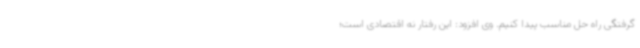
گرفتگی راه حل مناسب پیدا کنیم. وی افزود: این رفتار نه اقتصادی است؛